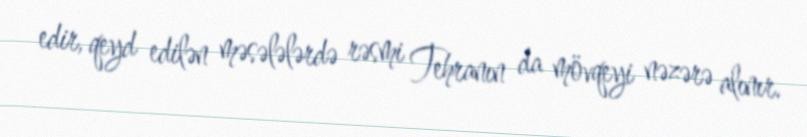
edir, qeyd edilən məsələlərdə rəsmi Tehranın da mövqeyi nəzərə alınır.